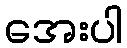
အေးပါ